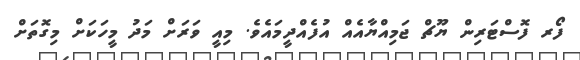
ފޯރ ފޮސްޓަރިން ޔޫޗް ޖަމިއްޔާއެއް އުފެއްދީމައެވެ. މިއީ ވަރަށް މަދު މީހަކަށް މިގޮތަށް